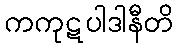
ကကုဋပါဒါနီတိ